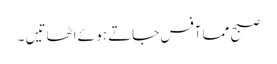
صبح مما آفس جاتے ہو ئے اٹھاتیں ۔